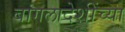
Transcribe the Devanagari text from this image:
बांगलादेशींच्या